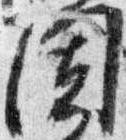
闍